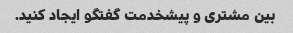
بین مشتری و پیشخدمت گفتگو ایجاد کنید.